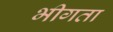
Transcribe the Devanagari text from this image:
भीगता